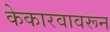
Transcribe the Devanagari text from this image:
केकारवावरून